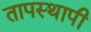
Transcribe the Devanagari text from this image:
तापस्थापी